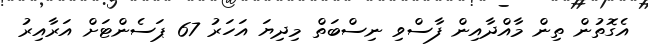
އެގޮތުން ތިން މާއްދާއިން ފާސްވި ނިސްބަތް މިދިޔަ އަހަރު 67 ޕަސެންޓަށް އަރާއިރު